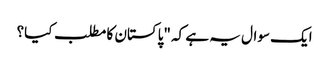
ایک سوال یہ ہے کہ "پاکستان کا مطلب کیا؟